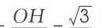
$OH - \sqrt{3}$